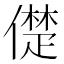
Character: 儊